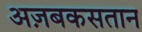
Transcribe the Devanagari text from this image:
अज़बकसतान